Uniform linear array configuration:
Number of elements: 48
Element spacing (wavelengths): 0.25
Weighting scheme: exponential
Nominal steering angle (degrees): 0
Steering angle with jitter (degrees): -0.6007
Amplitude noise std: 0.05
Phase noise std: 0.05

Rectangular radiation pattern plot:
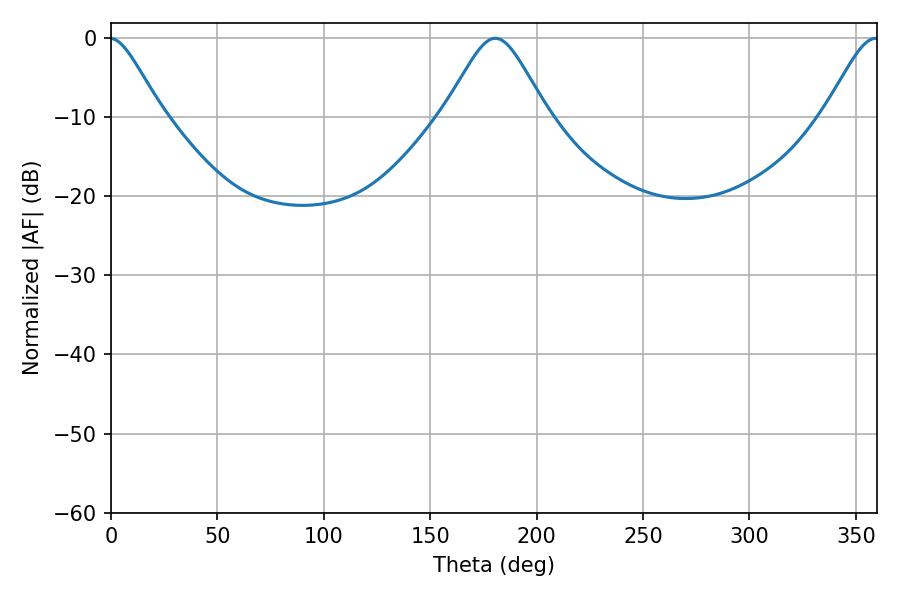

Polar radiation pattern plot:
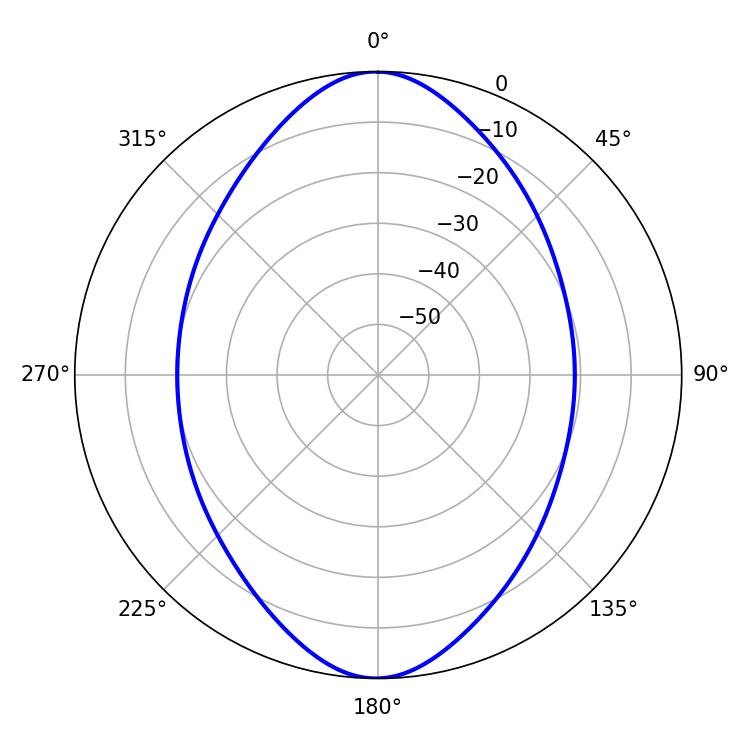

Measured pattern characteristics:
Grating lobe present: FALSE
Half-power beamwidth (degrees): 23.4
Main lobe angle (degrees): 180.54